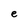
Character: e